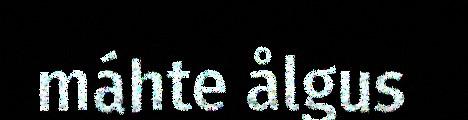
máhte ålgus